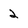
Character: 2